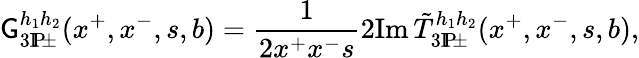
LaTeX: \mathsf{G}_{3\mathrm{{I}}\! \mathrm{{P}}\! \pm}^{h_{1}h_{2}}(x^{+},x^{-},s,b)=\frac{{1}}{{2x^{+}x^{-}s}}2\mathrm{{Im}}\, \tilde{{T}}_{3\mathrm{{I}}\! \mathrm{{P}}\! \pm}^{h_{1}h_{2}}(x^{+},x^{-},s,b),